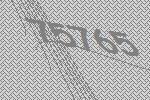
75765